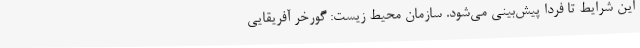
این شرایط تا فردا ‌پیش‌بینی می‌شود. سازمان محیط زیست: گورخر آفریقایی